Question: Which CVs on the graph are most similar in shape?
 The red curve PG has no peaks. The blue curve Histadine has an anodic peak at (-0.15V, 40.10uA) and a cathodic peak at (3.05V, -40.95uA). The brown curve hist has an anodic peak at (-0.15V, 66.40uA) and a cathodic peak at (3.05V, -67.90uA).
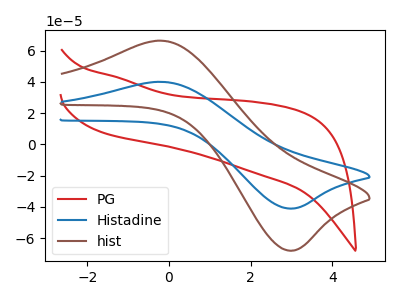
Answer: <think>"PG" and "Histadine" have a different number of peaks. "PG" and "hist" have a different number of peaks. All the peaks in "Histadine" have a peak in "hist" at the same potential. Every peak in "Histadine" is lower than every peak in "hist".
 </think>
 <answer>"hist" and "Histadine" have the same shape and are likely CV's of the same chemical.</answer>
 <eval>"hist" "Histadine"</eval>